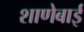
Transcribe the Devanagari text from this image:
शाणेबाई